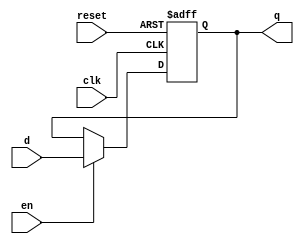
`timescale 1ns / 1ps

module flopenr #(parameter WIDTH = 8)(
	 input clk, reset, en,
	 input [WIDTH-1:0] d,
	 output reg [WIDTH-1:0] q
	 );

	always @(posedge clk , posedge reset)
		if(reset) q <= 0;
		else if(en) q <= d;
		else q <= q;

endmodule